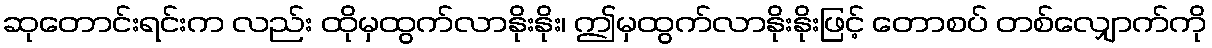
ဆုတောင်းရင်းက လည်း ထိုမှထွက်လာနိုးနိုး၊ ဤမှထွက်လာနိုးနိုးဖြင့် တောစပ် တစ်လျှောက်ကို